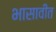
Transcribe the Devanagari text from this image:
भासावीत